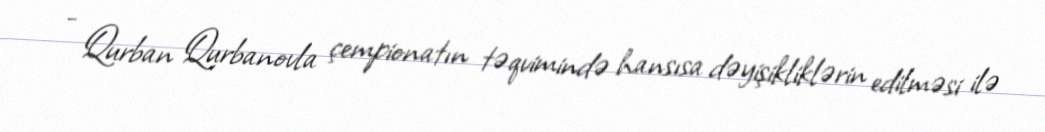
- Qurban Qurbanovla çempionatın təqvimində hansısa dəyişikliklərin edilməsi ilə